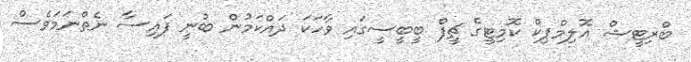
ބްރިޓީޝް އޮލިމްޕިކް ކޮމިޓީގެ ޗީފް ބީބީސީގައި ވާހަކަ ދައްކަމުން ބުނީ ފައިސާ ނެތްނަމަވެސް